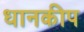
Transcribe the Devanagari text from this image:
धानकीप